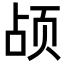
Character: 𬱗